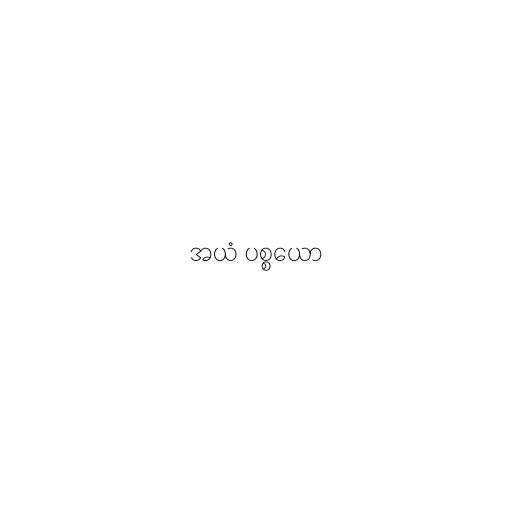
အယံ ပစ္စယော